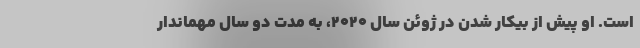
است. او پیش از بیکار شدن در ژوئن سال ۲۰۲۰، به مدت دو سال مهماندار